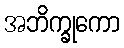
အဘိက္ခုကော